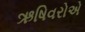
ઋષિવરોએ